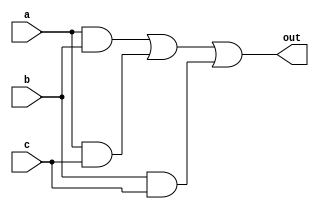
module majority(a, b, c, out);
    output out;
    input a, b, c;
    wire d, e, f;
    and(d, a, b);
    and(e, a, c);
    and(f, b, c);
    or(out, d, e, f);
endmodule